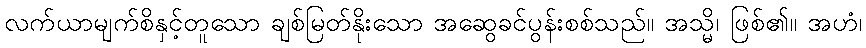
လက်ယာမျက်စိနှင့်တူသော ချစ်မြတ်နိုးသော အဆွေခင်ပွန်းစစ်သည်။ အသ္မိ၊ ဖြစ်၏။ အဟံ၊